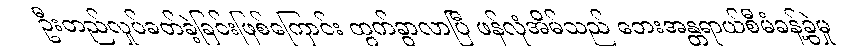
ဦးတည်လှုပ်ခတ်ခဲ့ခြင်းဖြစ်ကြောင်း ထွက်ခွာလာပြီ ဖန်လုံအိမ်သည် ဘေးအန္တရာယ်စီမံခန့်ခွဲမှု